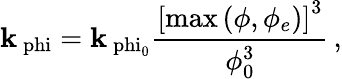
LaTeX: \mathbf{k}_{\mathrm{{\ phi}}}=\mathbf{k}_{\mathrm{{\ phi_{\mathrm{{0}}}}}}\frac{{\left[\mathrm{{max}}\left(\phi,\phi_{e}\right)\right]^{3}}}{{\phi_{\mathrm{{0}}}^{3}}}\, ,